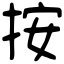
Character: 按